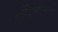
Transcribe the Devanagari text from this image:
लुईझियानाचा